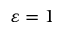
\varepsilon = 1